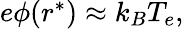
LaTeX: \begin{array}{r}{e\phi(r^{*})\approx k_{B}T_{e},}\end{array}